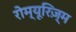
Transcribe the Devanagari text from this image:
रोम्यूरिज़्म